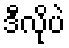
ဒီလိုပဲ